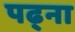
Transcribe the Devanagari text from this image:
पढ्ना